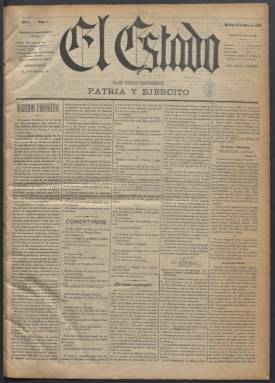
Título: El Estado (Madrid. 1899)
Colección: Periódicos
Ámbito geográfico: Madrid
Lugar de publicación: Madrid
Fechas: 15/05/1899-23/07/1899